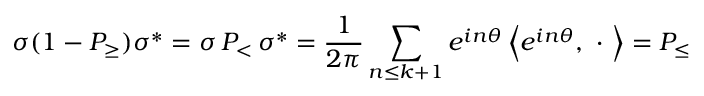
\sigma ( 1 - { \cal P } _ { \geq } ) \sigma ^ { * } = \sigma \, { \cal P } _ { < } \, \sigma ^ { * } = \frac 1 { 2 \pi } \sum _ { n \leq k + 1 } e ^ { i n \theta } \left\langle e ^ { i n \theta } , \ \cdot \ \right\rangle = { \cal P } _ { \leq }